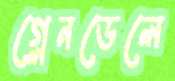
গ্লেনডেলে